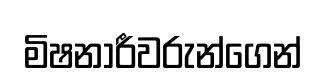
මිෂනාරීවරුන්ගෙන්